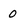
Character: 0